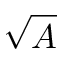
\sqrt { A }